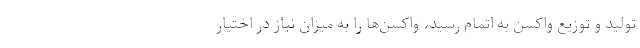
تولید و توزیع واکسن به اتمام رسید، واکسن‌ها را به میزان نیاز در اختیار